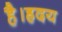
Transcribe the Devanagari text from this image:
है।ह्रदय